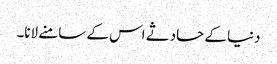
دنیا کے حادثے اس کے سامنے لانا۔